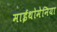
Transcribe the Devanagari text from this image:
माईथोमेनिया